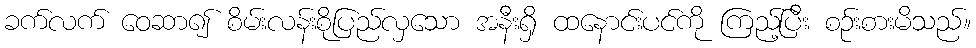
ခက်လက် ဝေဆာ၍ စိမ်းလန်းစိုပြည်လှသော အနီးရှိ ထနောင်းပင်ကို ကြည့်ပြီး စဉ်းစားမိသည်။